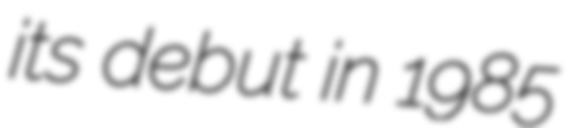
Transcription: its debut in 1985